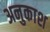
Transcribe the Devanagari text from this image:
अनुकाश